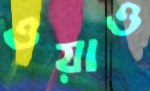
ওয়াও